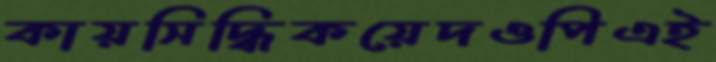
কায়সিদ্ধিকয়েদওপিএই